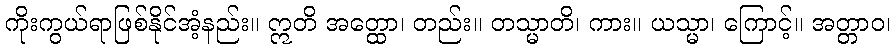
ကိုးကွယ်ရာဖြစ်နိုင်အံ့နည်း။ ဣတိ အတ္ထော၊ တည်း။ တသ္မာတိ၊ ကား။ ယသ္မာ၊ ကြောင့်။ အတ္တာဝ၊